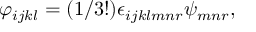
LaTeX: \varphi _ { i j k l } = ( 1 / 3 ! ) \epsilon _ { i j k l m n r } \psi _ { m n r } ,